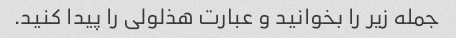
جمله زیر را بخوانید و عبارت هذلولی را پیدا کنید.